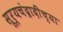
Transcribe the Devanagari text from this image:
सूर्यचंद्रादींच्या